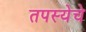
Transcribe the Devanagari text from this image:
तपस्येचे